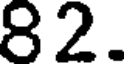
82.